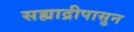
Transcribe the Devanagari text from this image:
सह्याद्रीपासुन